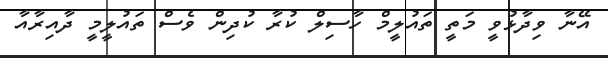
އޭނާ ވިދާޅުވީ މަތީ ތައުލީމް ހާސިލް ކުރާ ކުދިން ވެސް ތައުލީމީ ދާއިރާއާ